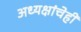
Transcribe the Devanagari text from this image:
अध्यक्षांचेही